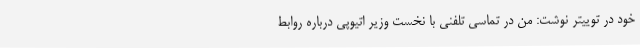
خود در توییتر نوشت: من در تماسی تلفنی با نخست وزیر اتیوپی درباره روابط